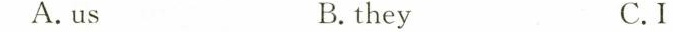
A.usB.theyC.I